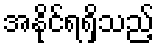
အနိုင်ရရှိသည့်